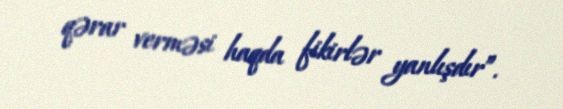
qərar verməsi haqda fikirlər yanlışdır”.